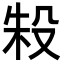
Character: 𬆤